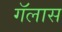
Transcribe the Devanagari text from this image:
गॅलास